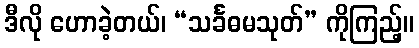
ဒီလို ဟောခဲ့တယ်၊ “သင်္ခဓမသုတ်” ကိုကြည့်။